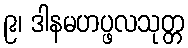
၉၊ ဒါနမဟပ္ဖလသုတ္တ